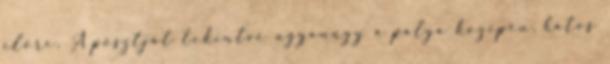
előre. A posztját tekintve ugyanúgy a pálya közepén, hatos